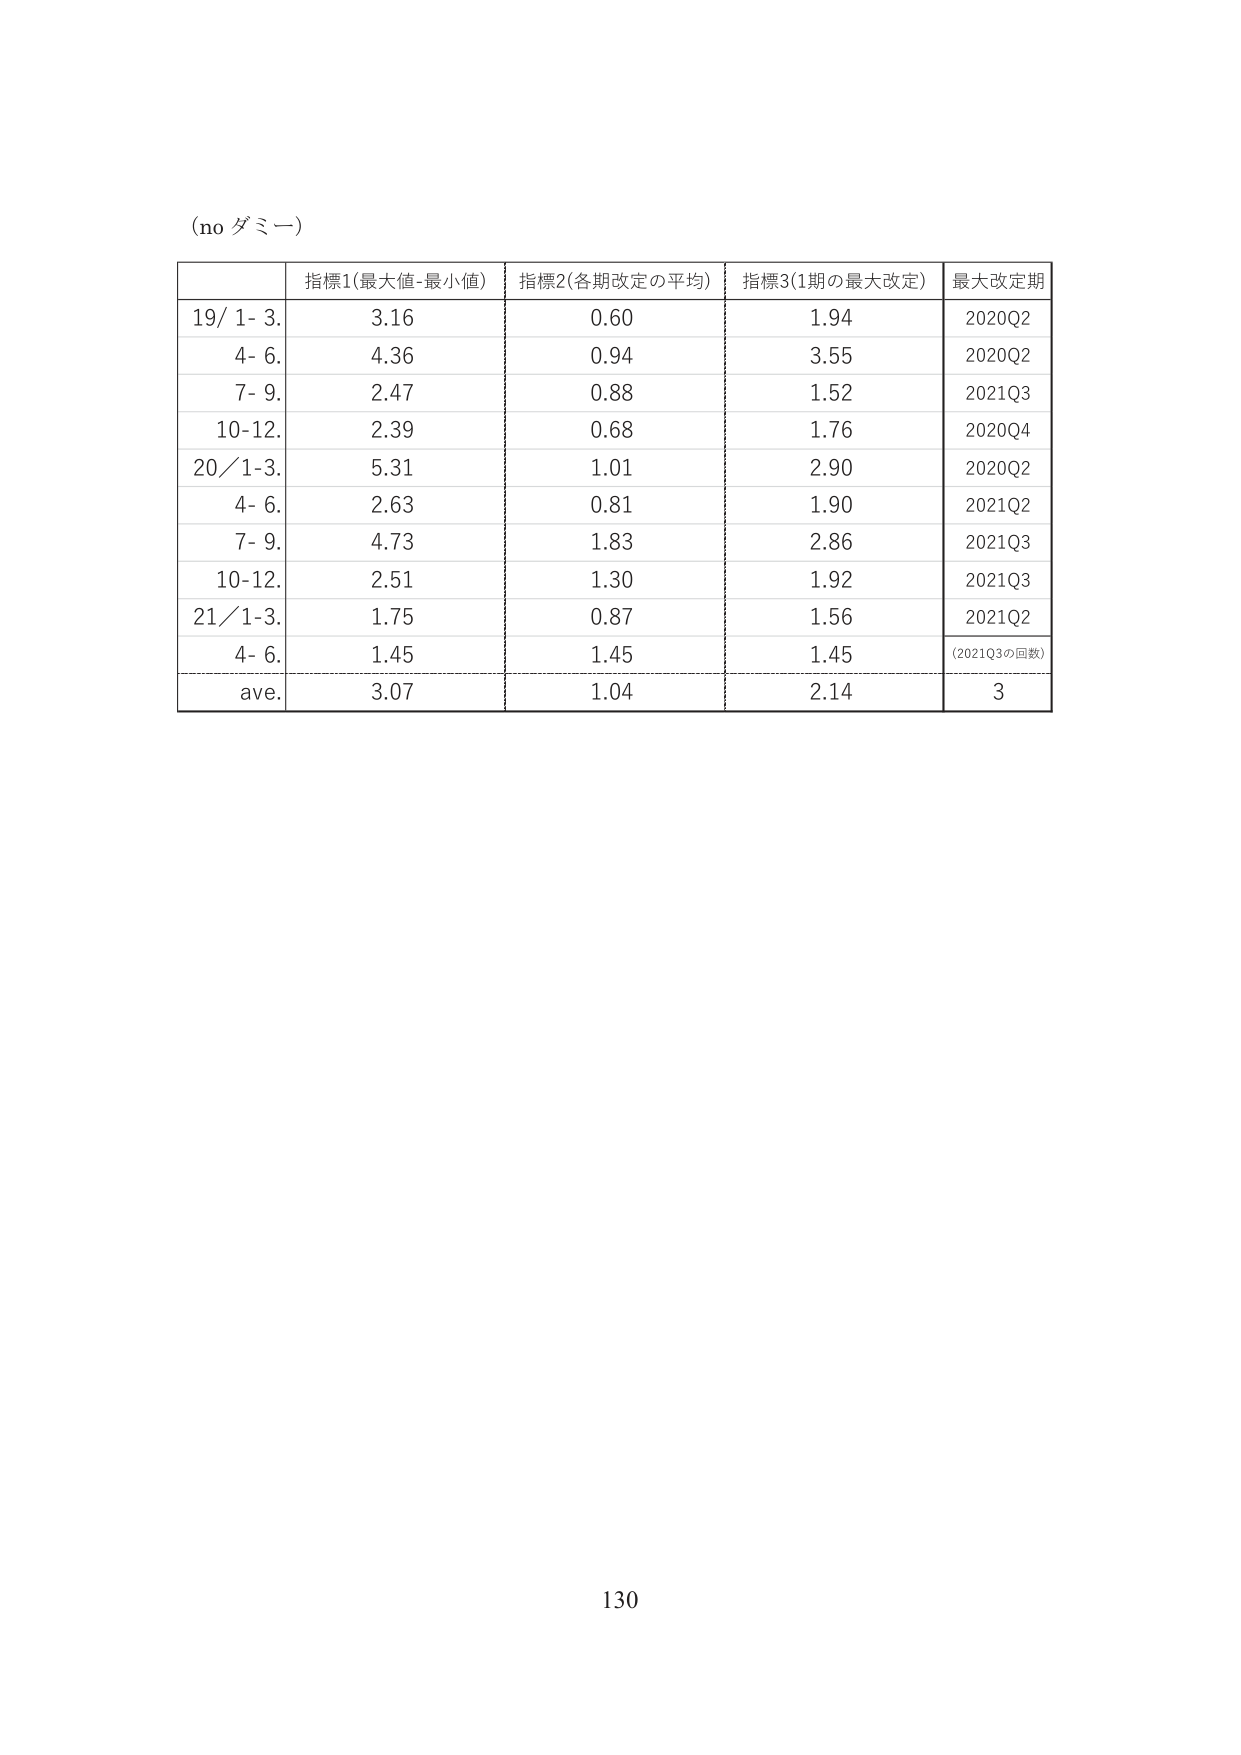
(no ダミー)

指標1(最大値-最小値) 指標2(各期改定の平均) 指標3(1期の最大改定) 最大改定期
19/ 1- 3. 3.16 0.60 1.94 2020Q2
4- 6. 4.36 0.94 3.55 2020Q2
7- 9. 2.47 0.88 1.52 2021Q3
10-12. 2.39 0.68 1.76 2020Q4
20/1-3. 5.31 1.01 2.90 2020Q2
4- 6. 2.63 0.81 1.90 2021Q2
7- 9. 4.73 1.83 2.86 2021Q3
10-12. 2.51 1.30 1.92 2021Q3
21/1-3. 1.75 0.87 1.56 2021Q2
4- 6. 1.45 1.45 1.45 (2021Q3の回数)
ave. 3.07 1.04 2.14 3

130